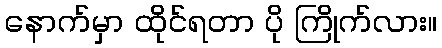
နောက်မှာ ထိုင်ရတာ ပို ကြိုက်လား။